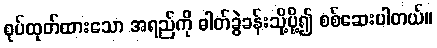
စုပ်ထုတ်ထားသော အရည်ကို ဓါတ်ခွဲခန်းသို့ပို့၍ စစ်ဆေးပါတယ်။